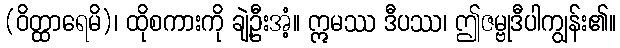
(ဝိတ္ထာရေမိ)၊ ထိုစကားကို ချဲ့ဦးအံ့။ ဣမဿ ဒီပဿ၊ ဤဇမ္ဗုဒီပါကျွန်း၏။